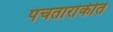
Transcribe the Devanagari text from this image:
पंचतारांकीत